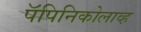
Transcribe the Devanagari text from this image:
पॅपिनिकोलाव्ह